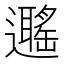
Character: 𨘽